Note on the mental hospitals in Burma - 1925-1940
Year: 1925
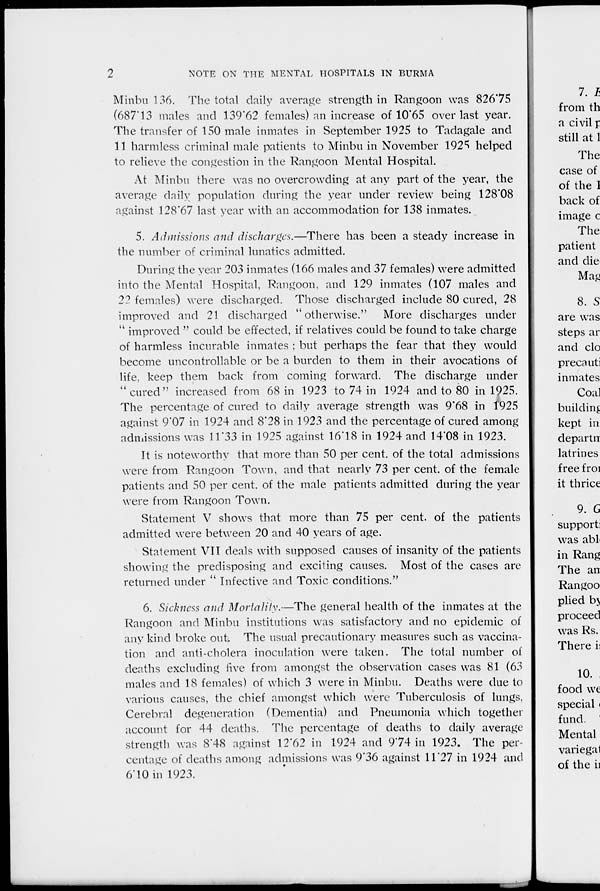
2
NOTE ON THE MENTAL HOSPITALS IN BURMA
Minbu 136. The total daily average strength in Rangoon was 826.75
(687.13 males and 139.62 females) an increase of 10.65 over last year.
The transfer of 150 male inmates in September 1925 to Tadagale and
11 harmless criminal male patients to Minbu in November 1925 helped
to relieve the congestion in the Rangoon Mental Hospital.
At Minbu there was no overcrowding at any part of the year, the
average daily population during the year under review being 128.08
against 128.67 last year with an accommodation for 138 inmates.
5. Admissions and discharges.—There has been a steady increase in
the number of criminal lunatics admitted.
During the year 203 inmates (166 males and 37 females) were admitted
into the Mental Hospital, Rangoon, and 129 inmates (107 males and
22 females) were discharged. Those discharged include 80 cured, 28
improved and 21 discharged " otherwise." More discharges under
" improved " could be effected, if relatives could be found to take charge
of harmless incurable inmates ; but perhaps the fear that they would
become uncontrollable or be a burden to them in their avocations of
life, keep them back from coming forward. The discharge under
" cured " increased from 68 in 1923 to 74 in 1924 and to 80 in 1925.
The percentage of cured to daily average strength was 9.68 in 1925
against 9.07 in 1924 and 8.28 in 1923 and the percentage of cured among
admissions was 11.33 in 1925 against 16.18 in 1924 and 14.08 in 1923.
It is noteworthy that more than 50 per cent. of the total admissions
were from Rangoon Town, and that nearly 73 per cent. of the female
patients and 50 per cent. of the male patients admitted during the year
were from Rangoon Town.
Statement V shows that more than 75 per cent. of the patients
admitted were between 20 and 40 years of age.
Statement VII deals with supposed causes of insanity of the patients
showing the predisposing and exciting causes. Most of the cases are
returned under " Infective and Toxic conditions."
6. Sickness and Mortality.—The general health of the inmates at the
Rangoon and Minbu institutions was satisfactory and no epidemic of
any kind broke out. The usual precautionary measures such as vaccina-
tion and anti-cholera inoculation were taken. The total number of
deaths excluding five from amongst the observation cases was 81 (63
males and 18 females) of which 3 were in Minbu. Deaths were due to
various causes, the chief amongst which were Tuberculosis of lungs,
Cerebral degeneration (Dementia) and Pneumonia which together
account for 44 deaths. The percentage of deaths to daily average
strength was 8.48 against 12.62 in 1924 and 9.74 in 1923. The per-
centage of deaths among admissions was 9.36 against 11.27 in 1924 and
6.10 in 1923.